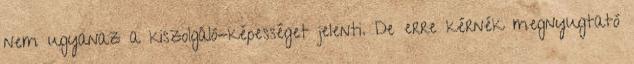
nem ugyanaz a kiszolgáló-képességet jelenti. De erre kérnék megnyugtató